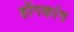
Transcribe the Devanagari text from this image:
होंगकांग